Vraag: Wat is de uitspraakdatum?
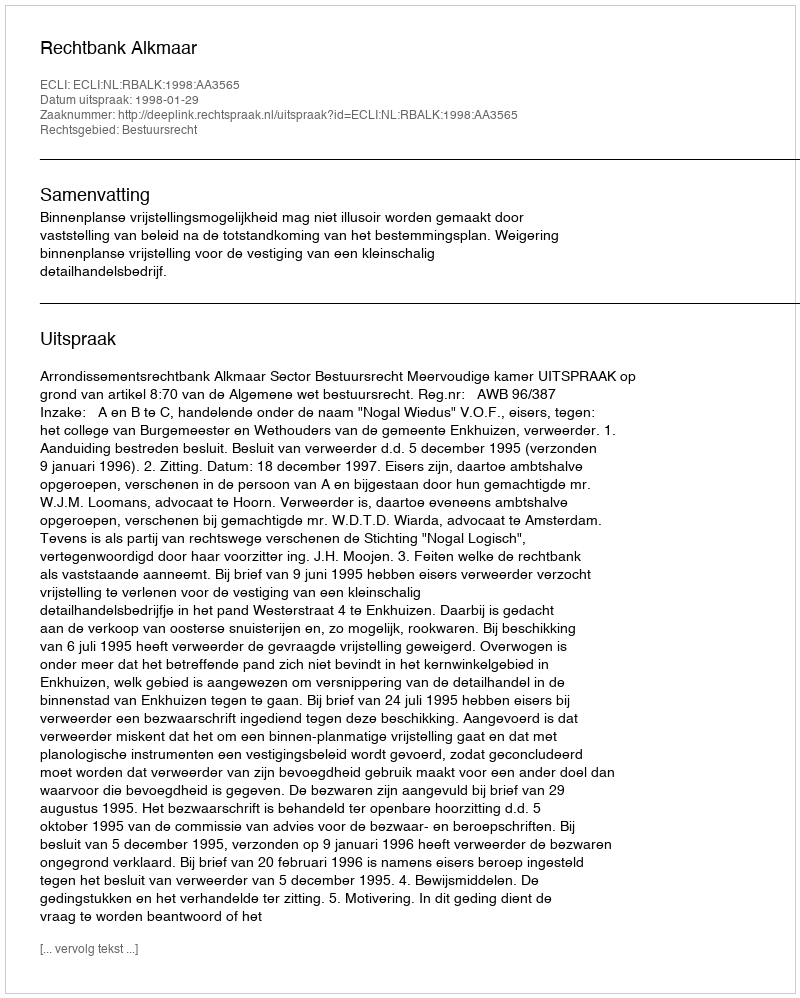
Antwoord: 1998-01-29